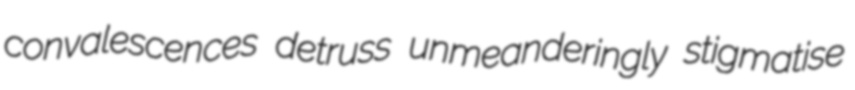
convalescences detruss unmeanderingly stigmatise